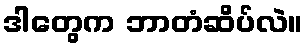
ဒါတွေက ဘာတံဆိပ်လဲ။